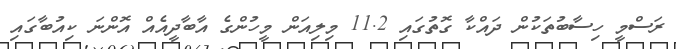
ރަސްމީ ހިސާބުތަކުން ދައްކާ ގޮތުގައި 11.2 މިލިއަން މީހުންގެ އާބާދީއެއް އޮންނަ ކިއުބާގައި